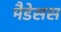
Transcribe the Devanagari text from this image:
मैडेसस